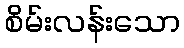
စိမ်းလန်းသော